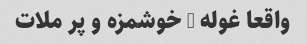
واقعا غوله … خوشمزه و پر ملات